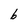
Character: 6